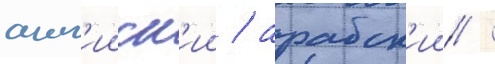
англ'ииск'ии / арабск'ии /